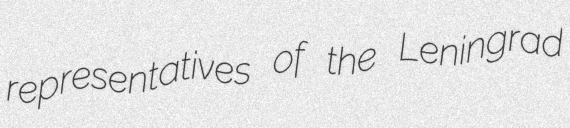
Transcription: representatives of the Leningrad